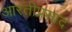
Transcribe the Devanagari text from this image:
आरतीप्रसाद